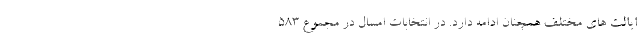
ایالت های مختلف همچنان ادامه دارد. در انتخابات امسال در مجموع 583